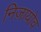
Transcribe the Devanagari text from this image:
निज़ायोव